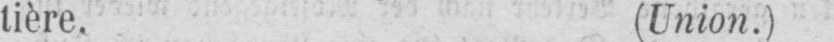
tière. (Union.)